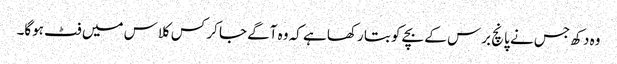
وہ دکھ جس نے پانچ برس کے بچے کو بتا رکھا ہے کہ وہ آگے جا کر کس کلاس میں فٹ ہوگا۔